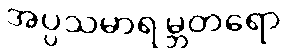
အပ္ပသမာရမ္ဘတရော